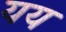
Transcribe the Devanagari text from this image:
यय